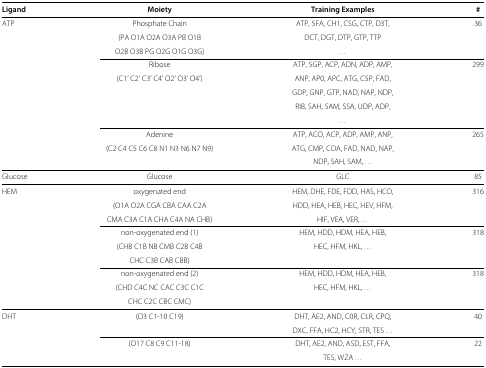
| Ligand | Moiety | Training Examples | # |
 | --- | --- | --- | --- |
 | ATP | Phosphate Chain | ATP, 5FA, CH1, CSG, CTP, D3T, | 36 |
 |  | (PA O1A O2A O3A PB O1B | DCT, DGT, DTP, GTP, TTP |  |
 |  | O2B O3B PG O2G O1G O3G) | ... |  |
 |  | Ribose | ATP, 5GP, ACP, ADN, ADP, AMP, | 299 |
 |  | (C1’ C2’ C3’ C4’ O2’ O3’ O4’) | ANP, AP0, APC, ATG, C5P, FAD, |  |
 |  |  | GDP, GNP, GTP, NAD, NAP, NDP, |  |
 |  |  | RIB, SAH, SAM, SSA, UDP, ADP, |  |
 |  |  | ... |  |
 |  | Adenine | ATP, ACO, ACP, ADP, AMP, ANP, | 265 |
 |  | (C2 C4 C5 C6 C8 N1 N3 N6 N7 N9) | ATG, CMP, COA, FAD, NAD, NAP, |  |
 |  |  | NDP, SAH, SAM, ... |  |
 | Glucose | Glucose | GLC | 85 |
 | HEM | oxygenated end | HEM, DHE, FDE, FDD, HAS, HCO, | 316 |
 |  | (O1A O2A CGA CBA CAA C2A | HDD, HEA, HEB, HEC, HEV, HFM, |  |
 |  | CMA C3A C1A CHA C4A NA CHB) | HIF, VEA, VER, ... |  |
 |  | non-oxygenated end (1) | HEM, HDD, HDM, HEA, HEB, | 318 |
 |  | (CHB C1B NB CMB C2B C4B | HEC, HFM, HKL, ... |  |
 |  | CHC C3B CAB CBB) |  |  |
 |  | non-oxygenated end (2) | HEM, HDD, HDM, HEA, HEB, | 318 |
 |  | (CHD C4C NC CAC C3C C1C | HEC, HFM, HKL, ... |  |
 |  | CHC C2C CBC CMC) |  |  |
 | DHT | (O3 C1-10 C19) | DHT, AE2, AND, C0R, CLR, CPQ, | 40 |
 |  |  | DXC, FFA, HC2, HCY, STR, TES ... |  |
 |  | (O17 C8 C9 C11-18) | DHT, AE2, AND, ASD, EST, FFA, | 22 |
 |  |  | TES, WZA ... |  |